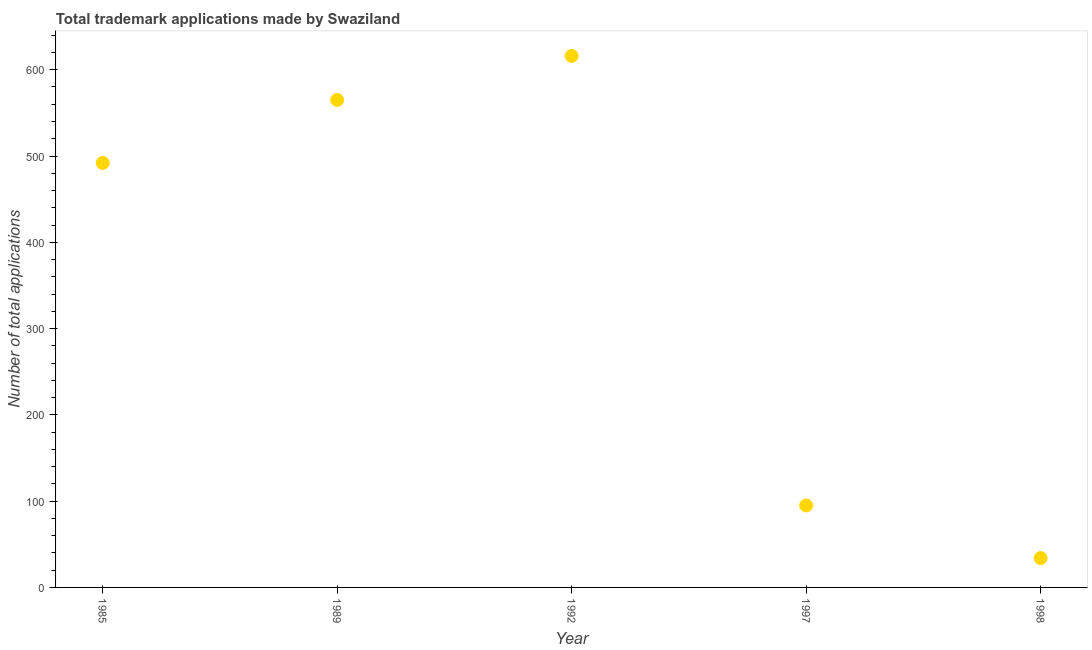
| Year | Trademark applications |
 | --- | --- |
 | 1985 | 492 |
 | 1989 | 565 |
 | 1992 | 616 |
 | 1997 | 95 |
 | 1998 | 34 |